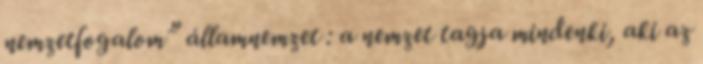
nemzetfogalom” államnemzet : a nemzet tagja mindenki, aki az